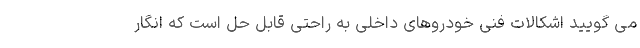
می گویید اشکالات فنی خودروهای داخلی به راحتی قابل حل است که انگار